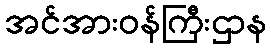
အင်အားဝန်ကြီးဌာန